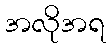
အလိုအရ